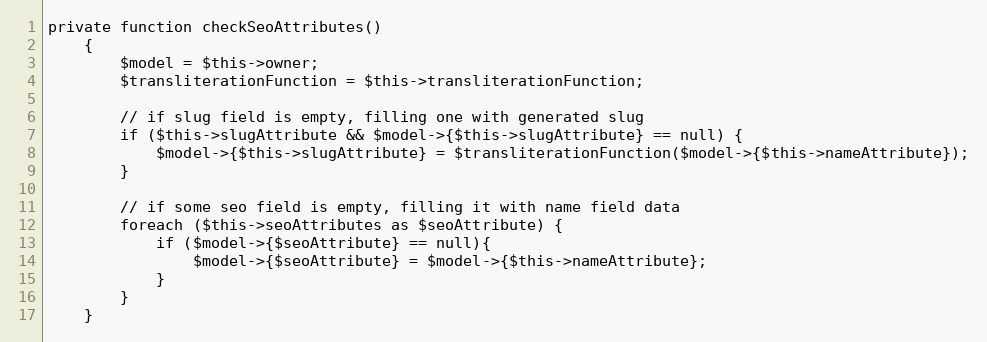
Language: PHP
private function checkSeoAttributes()
    {
        $model = $this->owner;
        $transliterationFunction = $this->transliterationFunction;

        // if slug field is empty, filling one with generated slug
        if ($this->slugAttribute && $model->{$this->slugAttribute} == null) {
            $model->{$this->slugAttribute} = $transliterationFunction($model->{$this->nameAttribute});
        }

        // if some seo field is empty, filling it with name field data
        foreach ($this->seoAttributes as $seoAttribute) {
            if ($model->{$seoAttribute} == null){
                $model->{$seoAttribute} = $model->{$this->nameAttribute};
            }
        }
    }